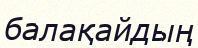
балақайдың